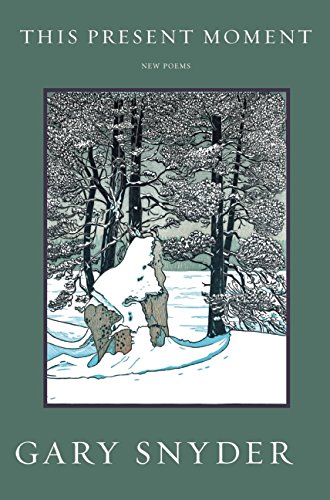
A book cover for This Present Moment: New Poems; Gary Snyder; Literature & Fiction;